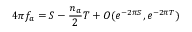
4 \pi f _ { a } = S - \frac { n _ { a } } { 2 } T + { \cal O } ( e ^ { - 2 \pi S } , e ^ { - 2 \pi T } )